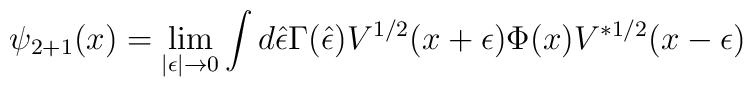
\psi_{2+1}(x)=\lim_{|\epsilon|\rightarrow 0}\int d\hat\epsilon\Gamma(\hat\epsilon)V^{1/2}(x+\epsilon)\Phi(x) V^{*1/2}(x-\epsilon)